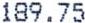
189.75